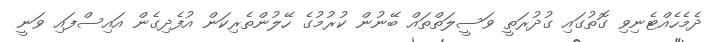
ދެމެހެއްޓެނިވި ގޮތުގައި ގުދުރަތީ ވަސީލަތްތައް ބޭނުން ކުރުމުގެ ހޭލުންތެރިކަން އުފެދިގެން އައިސްފައި ވަނީ